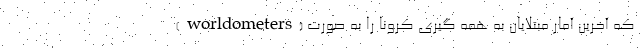
(worldometers) که آخرین آمار مبتلایان به همه گیری کرونا را به صورت